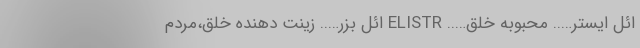
ائل ایستر….. محبوبه خلق….. ELISTR ائل بزر….. زینت دهنده خلق،مردم